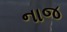
નાજ